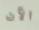
الآن